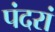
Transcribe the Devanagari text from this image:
पंदरां